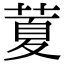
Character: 𦷜